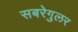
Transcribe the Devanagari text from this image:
सबरेगुलर